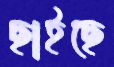
ছাইছে